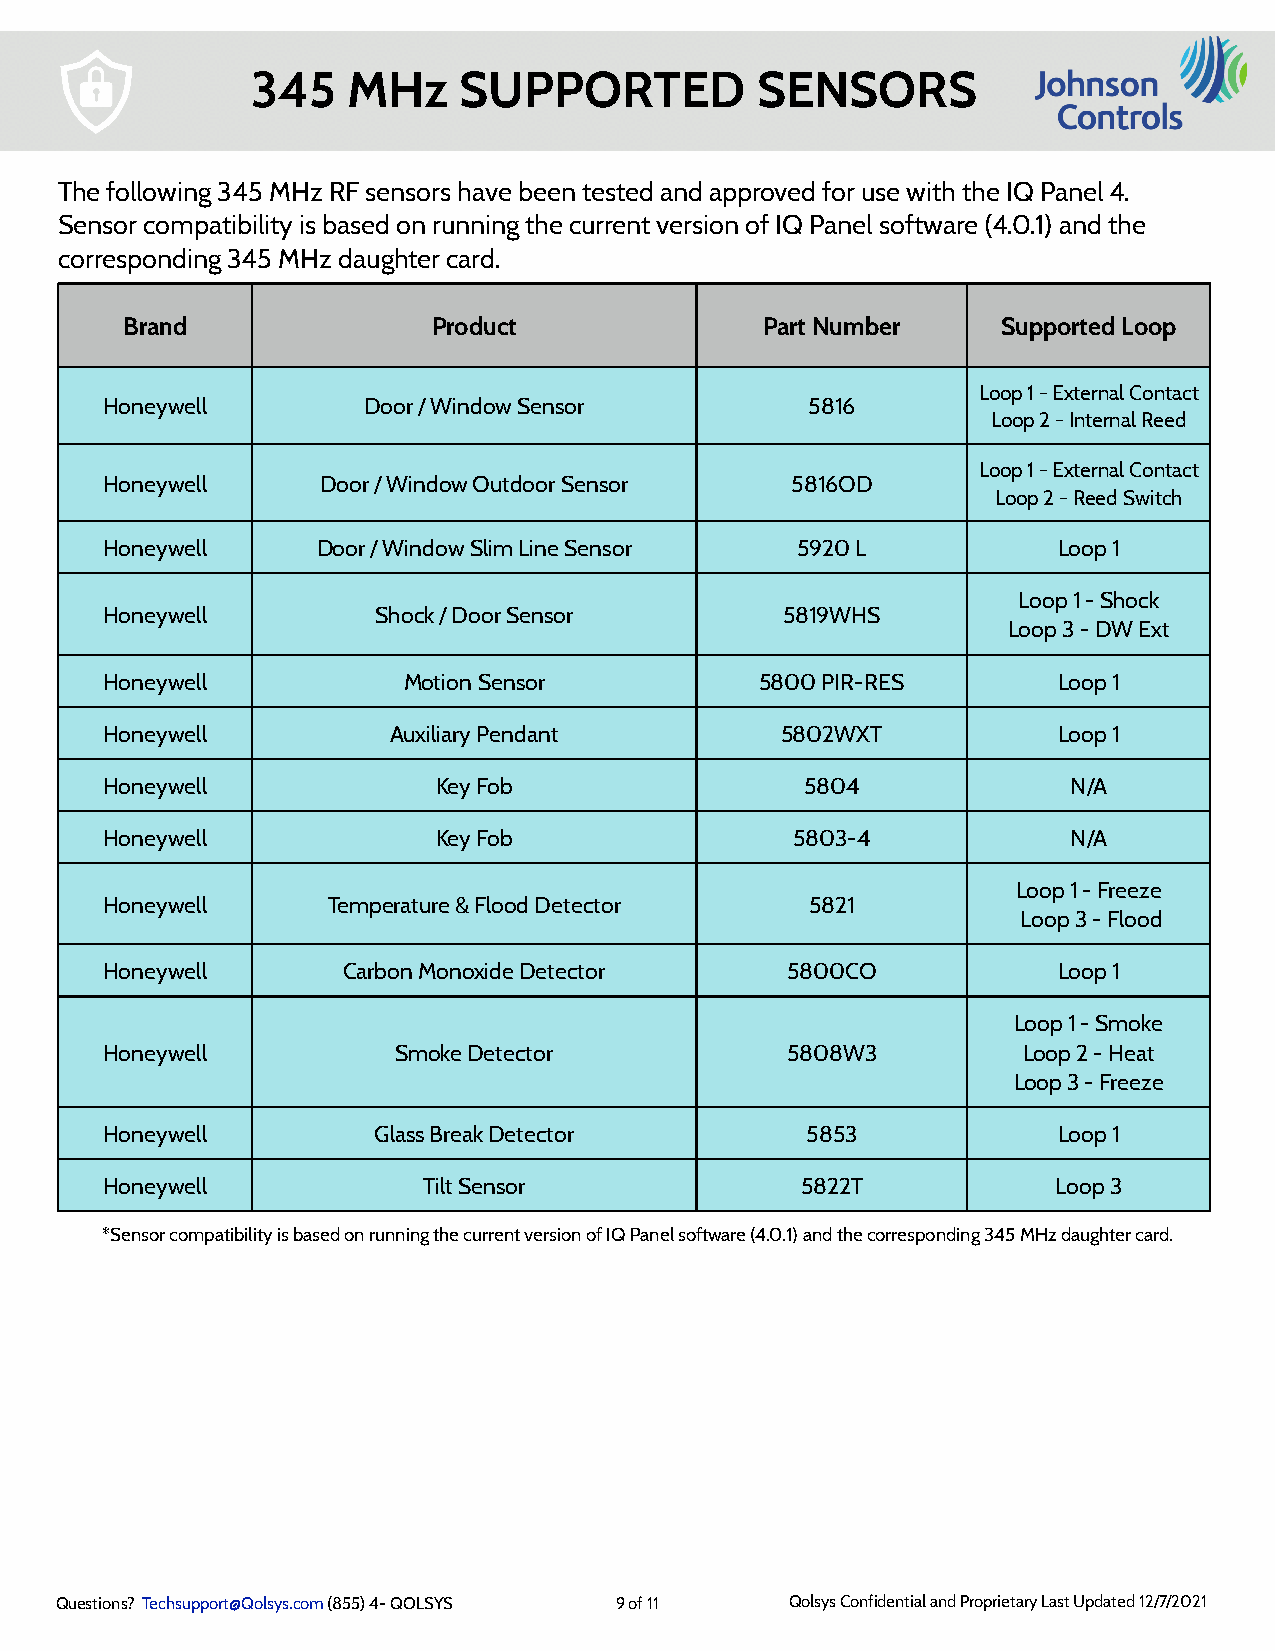
345   MHz    SUPPORTED           SENSORS
 The following 345 MHz RF sensors have been tested and approved for use with the IQ Panel 4.
 Sensor compatibility is based on running the current version of IQ Panel software (4.0.1) and the
 corresponding 345 MHz daughter card.
 Brand                Product               Part Number    Supported Loop
 Loop 1 - External Contact
 Honeywell        Door / Window Sensor          5816
 Loop 2 - Internal Reed
 Loop 1 - External Contact
 Honeywell     Door / Window Outdoor Sensor   5816OD
 Loop 2 - Reed Switch
 Honeywell     Door / Window Slim Line Sensor  5920 L           Loop 1
 Loop 1 - Shock
 Honeywell         Shock / Door Sensor        5819WHS
 Loop 3 - DW Ext
 Honeywell           Motion Sensor          5800 PIR-RES        Loop 1
 Honeywell          Auxiliary Pendant         5802WXT           Loop 1
 Honeywell             Key Fob                 5804              N/A
 Honeywell             Key Fob                 5803-4            N/A
 Loop 1 - Freeze
 Honeywell      Temperature & Flood Detector    5821
 Loop 3 - Flood
 Honeywell       Carbon Monoxide Detector     5800CO            Loop 1
 Loop 1 - Smoke
 Honeywell          Smoke Detector            5808W3          Loop 2 - Heat
 Loop 3 - Freeze
 Honeywell         Glass Break Detector        5853             Loop 1
 Honeywell            Tilt Sensor              5822T            Loop 3
 *Sensor compatibility is based on running the current version of IQ Panel software (4.0.1) and the corresponding 345 MHz daughter card.
 Questions? Techsupport@Qolsys.com (855) 4- QOLSYS 9 of 11 Qolsys Confidential and Proprietary Last Updated 12/7/2021